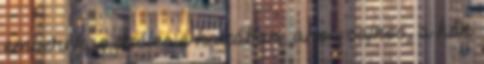
emberek is széles e hazában, ahol, sajnos, a hőn